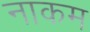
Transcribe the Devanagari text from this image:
नाकम